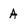
Character: A